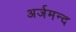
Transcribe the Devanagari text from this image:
अर्जमन्द